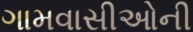
ગામવાસીઓની